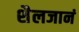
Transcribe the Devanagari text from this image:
शैलजानं